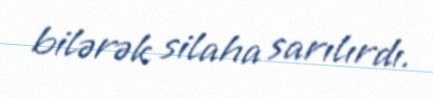
bilərək silaha sarılırdı.